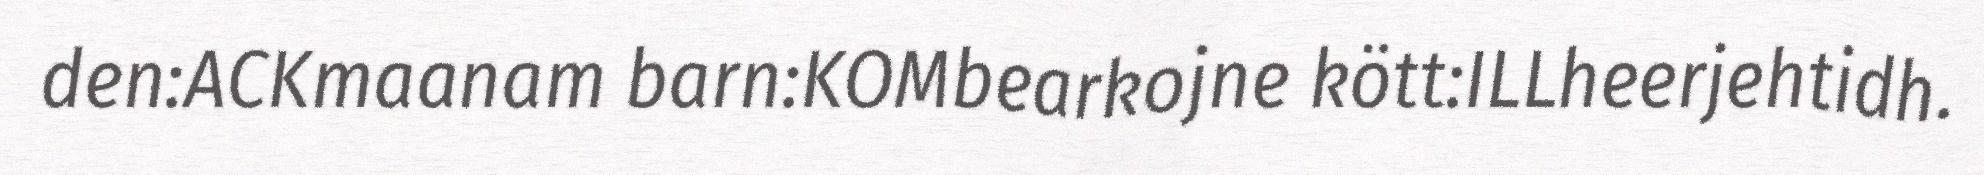
den:ACKmaanam barn:KOMbearkojne kött:ILLheerjehtidh.